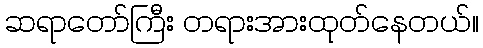
ဆရာတော်ကြီး တရားအားထုတ်နေတယ်။